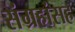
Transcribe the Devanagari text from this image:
संग्रहांसह